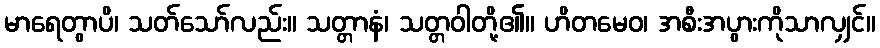
မာရေတွာပိ၊ သတ်သော်လည်း။ သတ္တာနံ၊ သတ္တဝါတို့၏။ ဟိတမေဝ၊ အစီးအပွားကိုသာလျှင်။